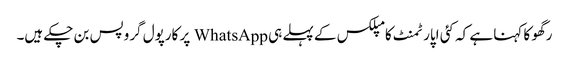
رگھو کا کہنا ہے کہ کئی اپارٹمنٹ کامپلکس کے پہلے ہی WhatsApp پر کارپول گروپس بن چکے ہیں۔